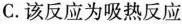
C.该反应为吸热反应